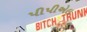
પીપીએલ